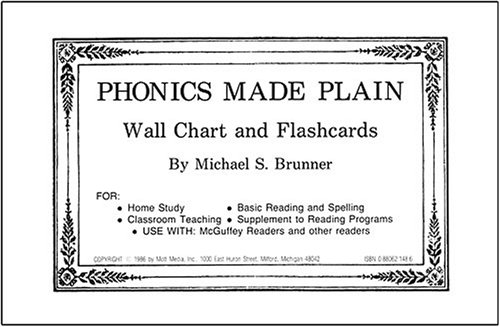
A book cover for Phonics Made Plain Wall Chart and Flashcards; Michael S. Brunner; Test Preparation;